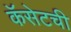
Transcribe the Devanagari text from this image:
कॅसेटची